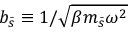
b _ { \bar { s } } \equiv { 1 } / { \sqrt { \beta m _ { \bar { s } } \omega ^ { 2 } } }